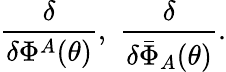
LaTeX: \frac{\delta}{\delta\Phi^{A}(\theta)},\, \, \frac{\delta}{\delta\bar{\Phi}_{A}(\theta)}.